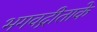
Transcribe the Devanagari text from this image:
भगवद्गीताके